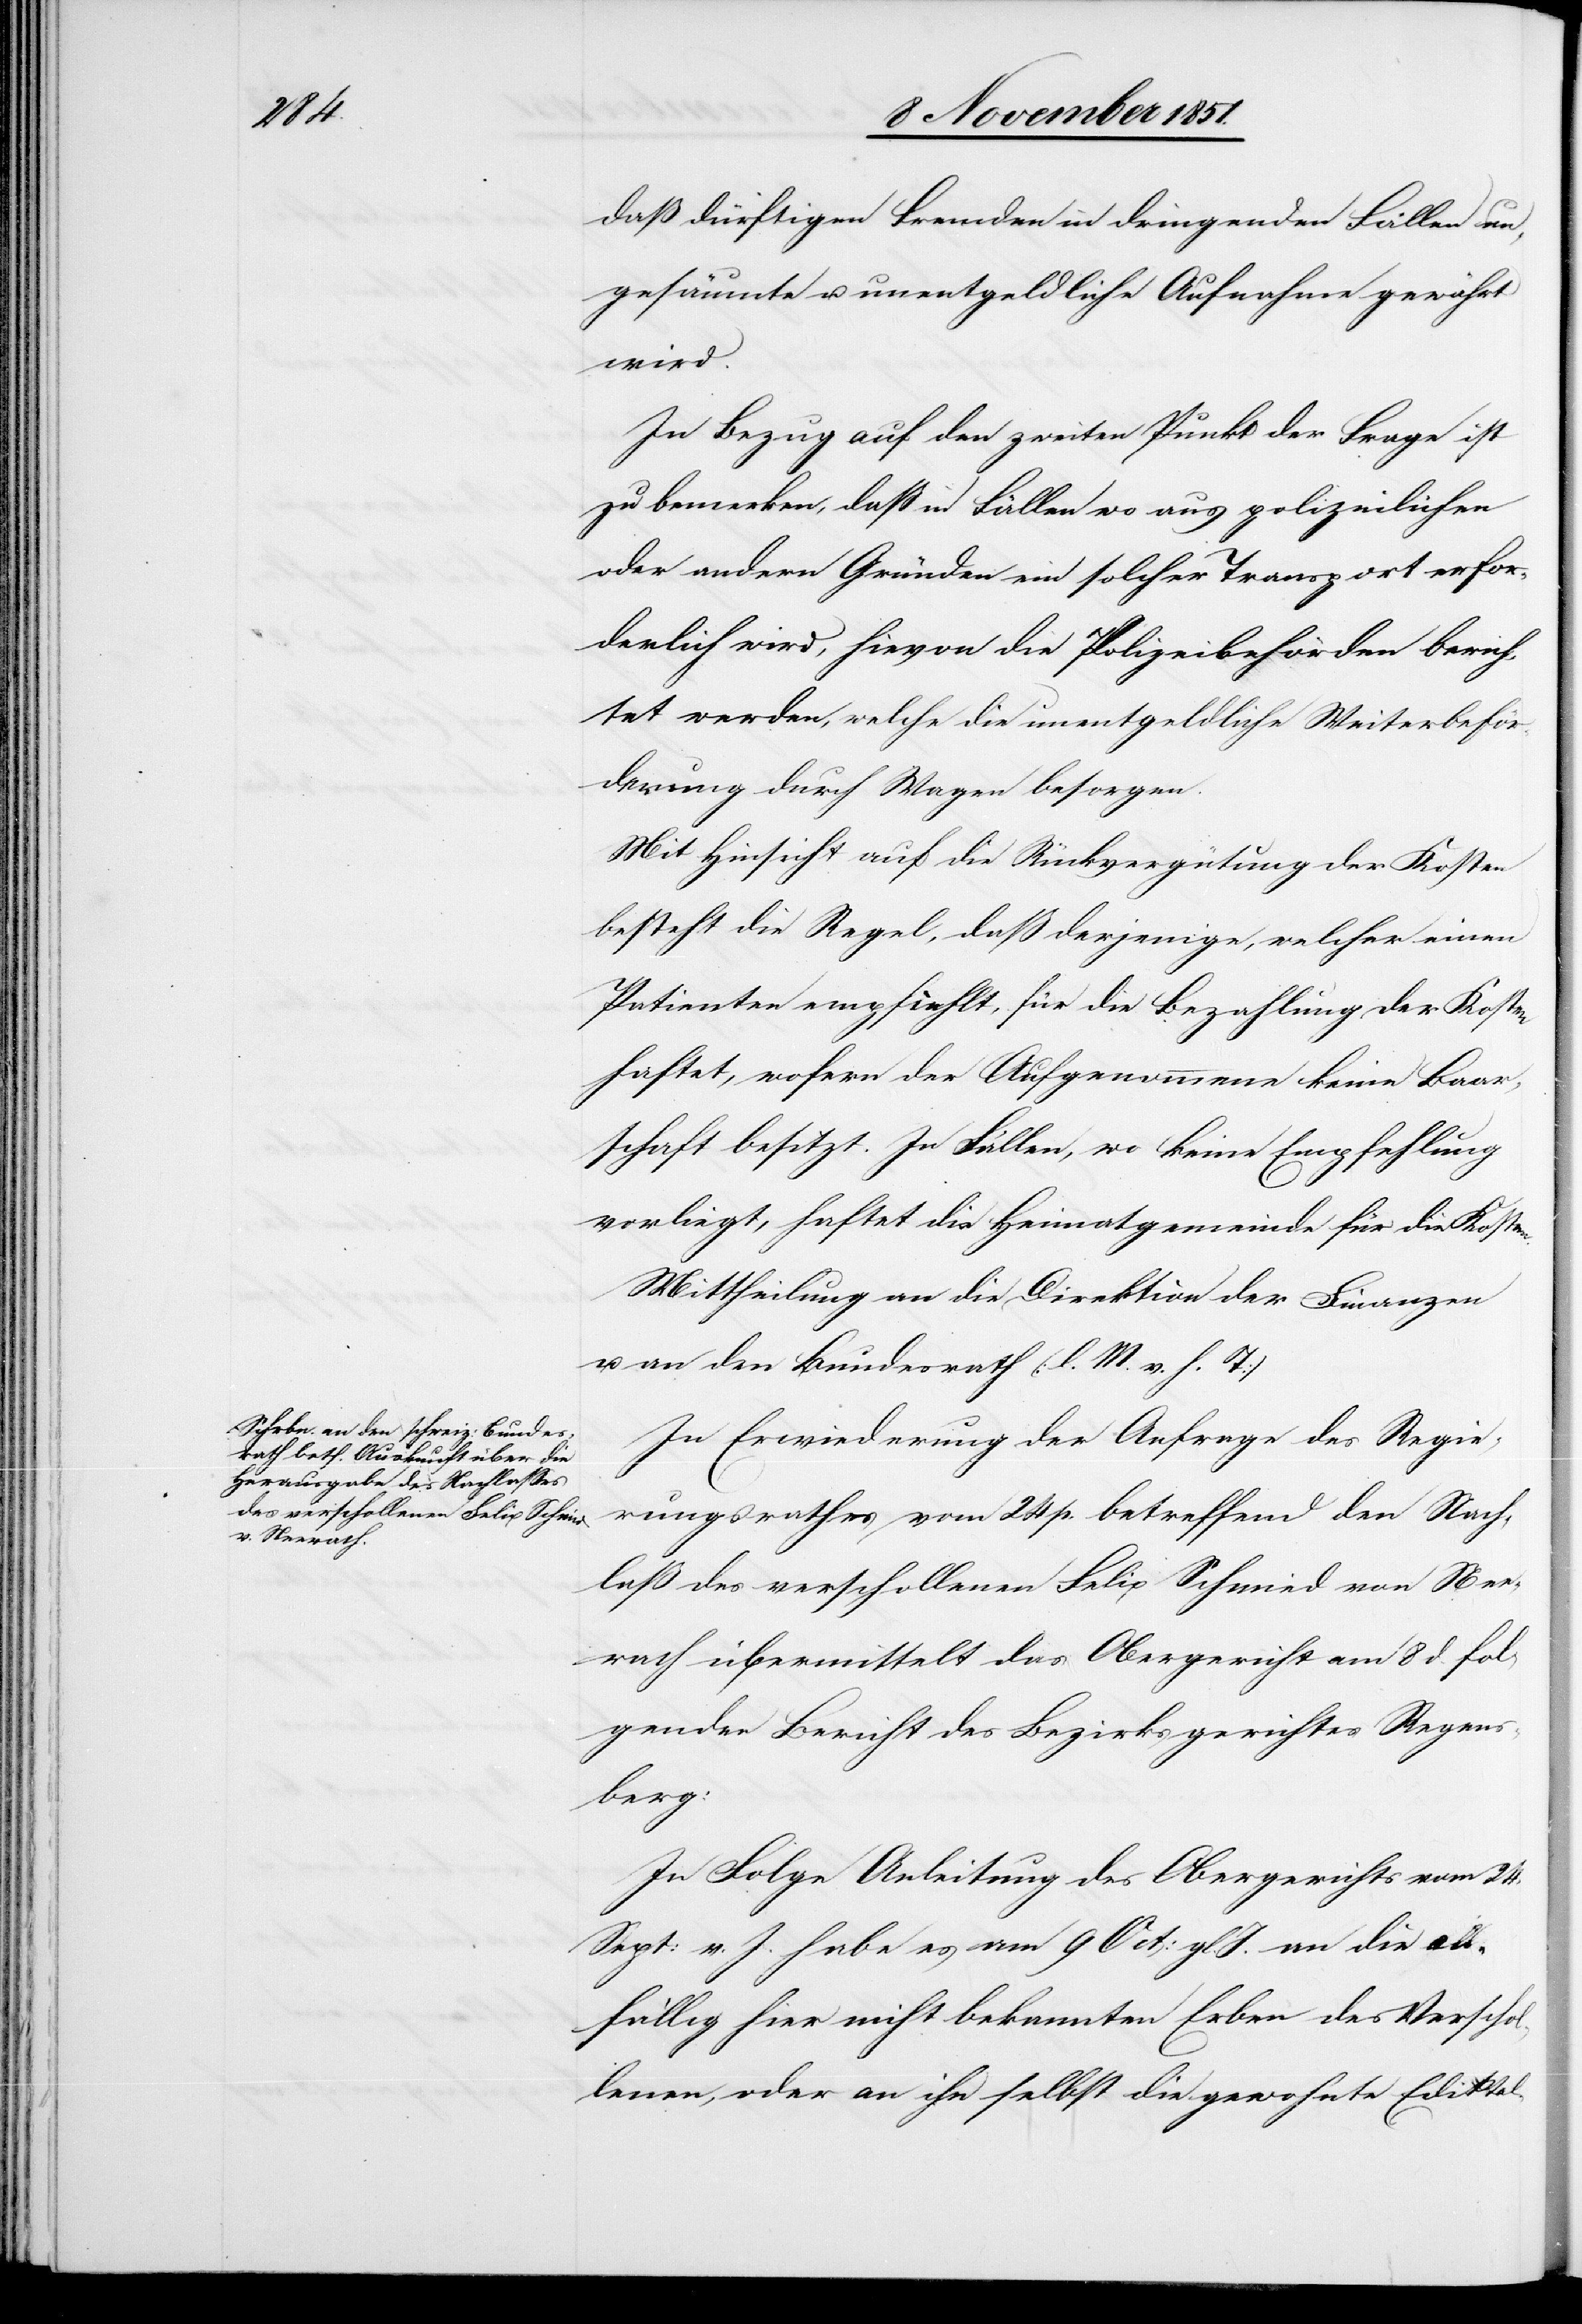
daß

dürftigen Fremden in dringenden Fällen un¬
gesäumte u. unentgeldliche Aufnahme gewährt
wird.
In Bezug auf den zweiten Punkt der Frage ist
zu bemerken, daß in Fällen wo aus polizeilichen
oder andern Gründen ein solcher Transport erfor¬
derlich wird, hievon die Polizeibehörden berich¬
tet werden, welche die unentgeldliche Weiterbeför¬
derung durch Wagen besorgen.
Mit Hinsicht auf die Rückvergütung der Kosten
besteht die Regel, daß derjenige, welcher einen
Patienten empfiehlt, für die Bezahlung der Kosten
haftet, wofern der Aufgenommene keine Baar¬
schaft besitzt. In Fällen, wo keine Empfehlung
vorliegt, haftet die Heimatgemeinde für die Kosten.
Mittheilung an die Direktion der Finanzen
u. an den Bundesrath (l. M. v. h. T)[.]
In Erwiederung der Anfrage des Regie¬
rungsrathes vom 24 p. betreffend den Nach¬
laß des verschollenen Felix Schmied von Nee¬
rach übermittelt das Obergericht am 8 d. fol¬
genden Bericht des Bezirksgerichtes Regens¬
berg:
In Folge Anleitung des Obergerichts vom 24.
Sept: v. J. habe es am 9 Oct: gl. J. an die all¬
fällig hier nicht bekannten Erben des Verschol¬
lenen, oder an ihn selbst die gewohnte Ediktal-